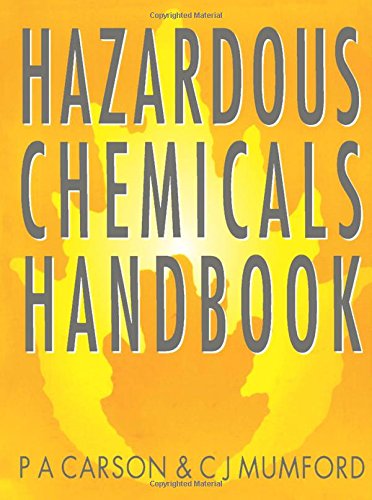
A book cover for Hazardous Chemicals Handbook; C J MUMFORD; Science & Math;